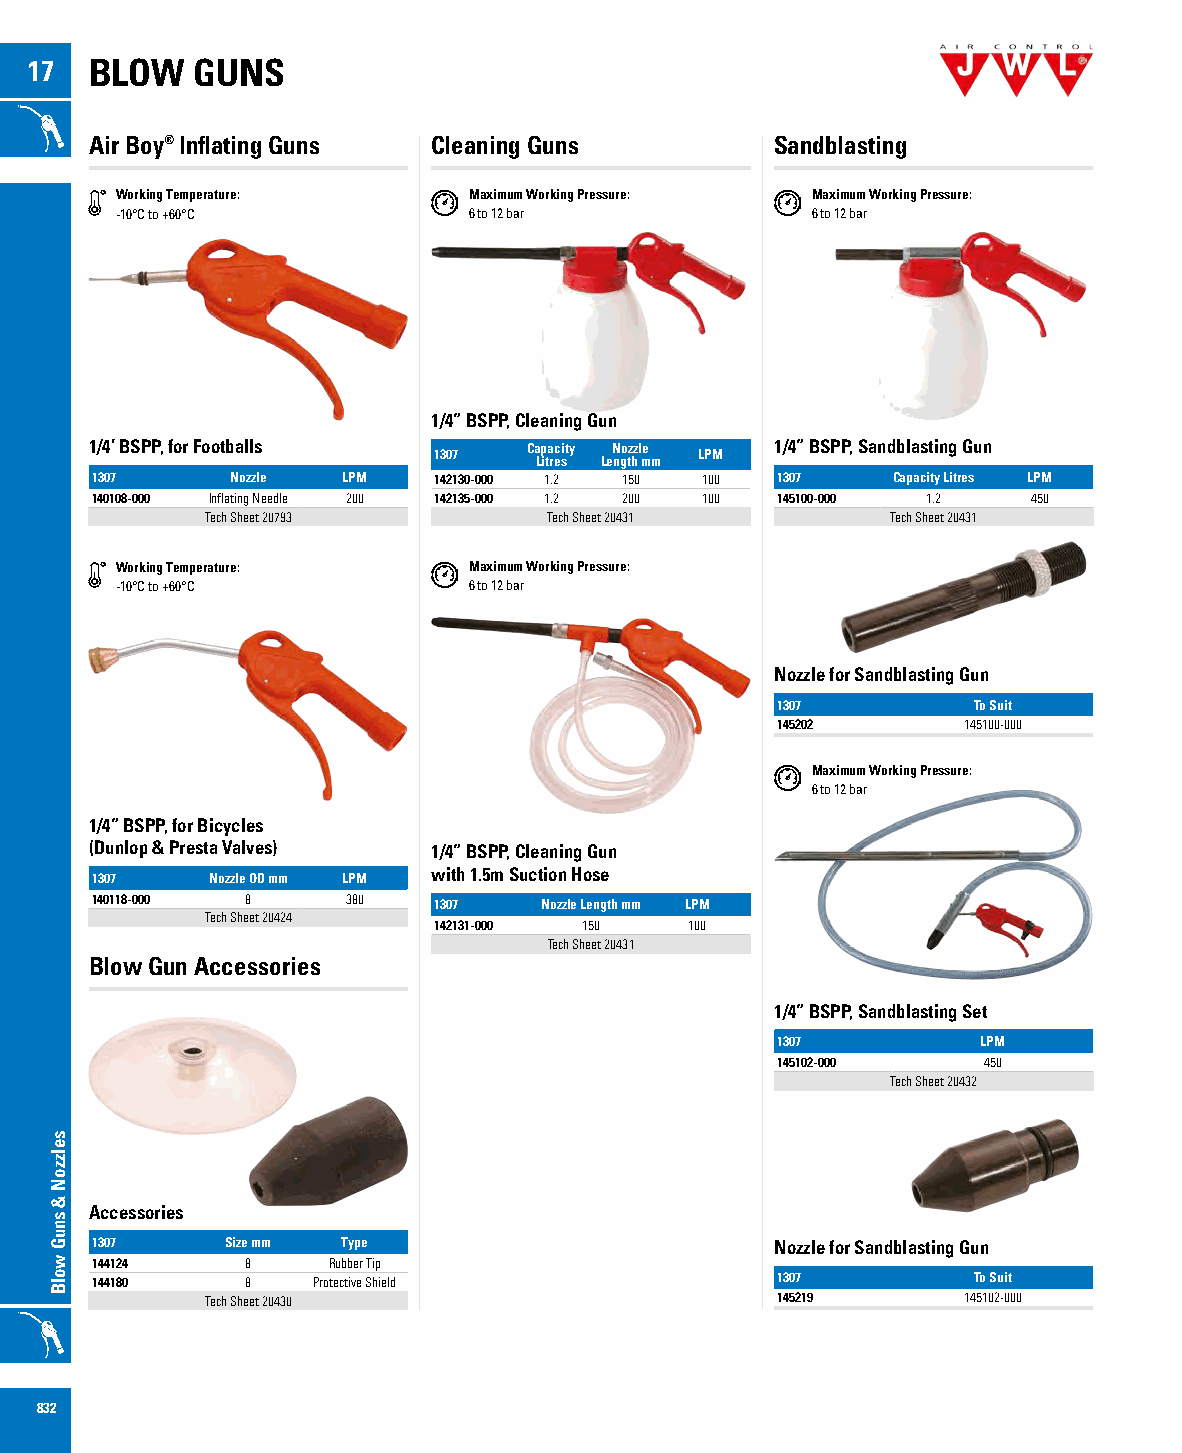
17  BLOW   GUNS
 Air Boy® Inflating Guns Cleaning Guns        Sandblasting
 Working Temperature:   Maximum Working Pressure: Maximum Working Pressure:
 -10°C to +60°C         6 to 12 bar            6 to 12 bar
 1/4” BSPP, Cleaning Gun
 1/4’ BSPP, for Footballs 1307 Ca Lp ita rec sity LeN ngo tz hz l me m LPM 1/4” BSPP, Sandblasting Gun
 1307     Nozzle  LPM   142130-000 1.2 150 100 1307   Capacity Litres LPM
 140108-000 Inflating Needle 200 142135-000 1.2 200 100 145100-000 1.2 450
 Tech Sheet 20793      Tech Sheet 20431       Tech Sheet 20431
 Working Temperature:   Maximum Working Pressure:
 -10°C to +60°C         6 to 12 bar
 Nozzle for Sandblasting Gun
 1307         To Suit
 145202       145100-000
 Maximum Working Pressure:
 6 to 12 bar
 1/4” BSPP, for Bicycles
 (Dunlop & Presta Valves) 1/4” BSPP, Cleaning Gun
 1307    Nozzle OD mm LPM with 1.5m Suction Hose
 140118-000 8     380   1307   Nozzle Length mm LPM
 Tech Sheet 20424
 142131-000 150   100
 Tech Sheet 20431
 Blow Gun Accessories
 1/4” BSPP, Sandblasting Set
 1307          LPM
 145102-000    450
 Tech Sheet 20432
 Accessories
 1307     Size mm Type                        Nozzle for Sandblasting Gun
 144124    8     Rubber Tip
 144180    8    Protective Shield             1307         To Suit
 Tech Sheet 20430                     145219       145102-000
 832
 selzzoN
 &
 snuG
 wolB